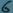
Text: 6